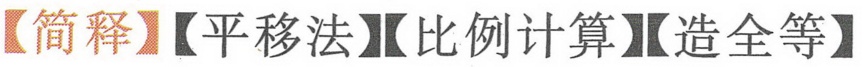
【简释】【平移法】【比例计算】【造全等】